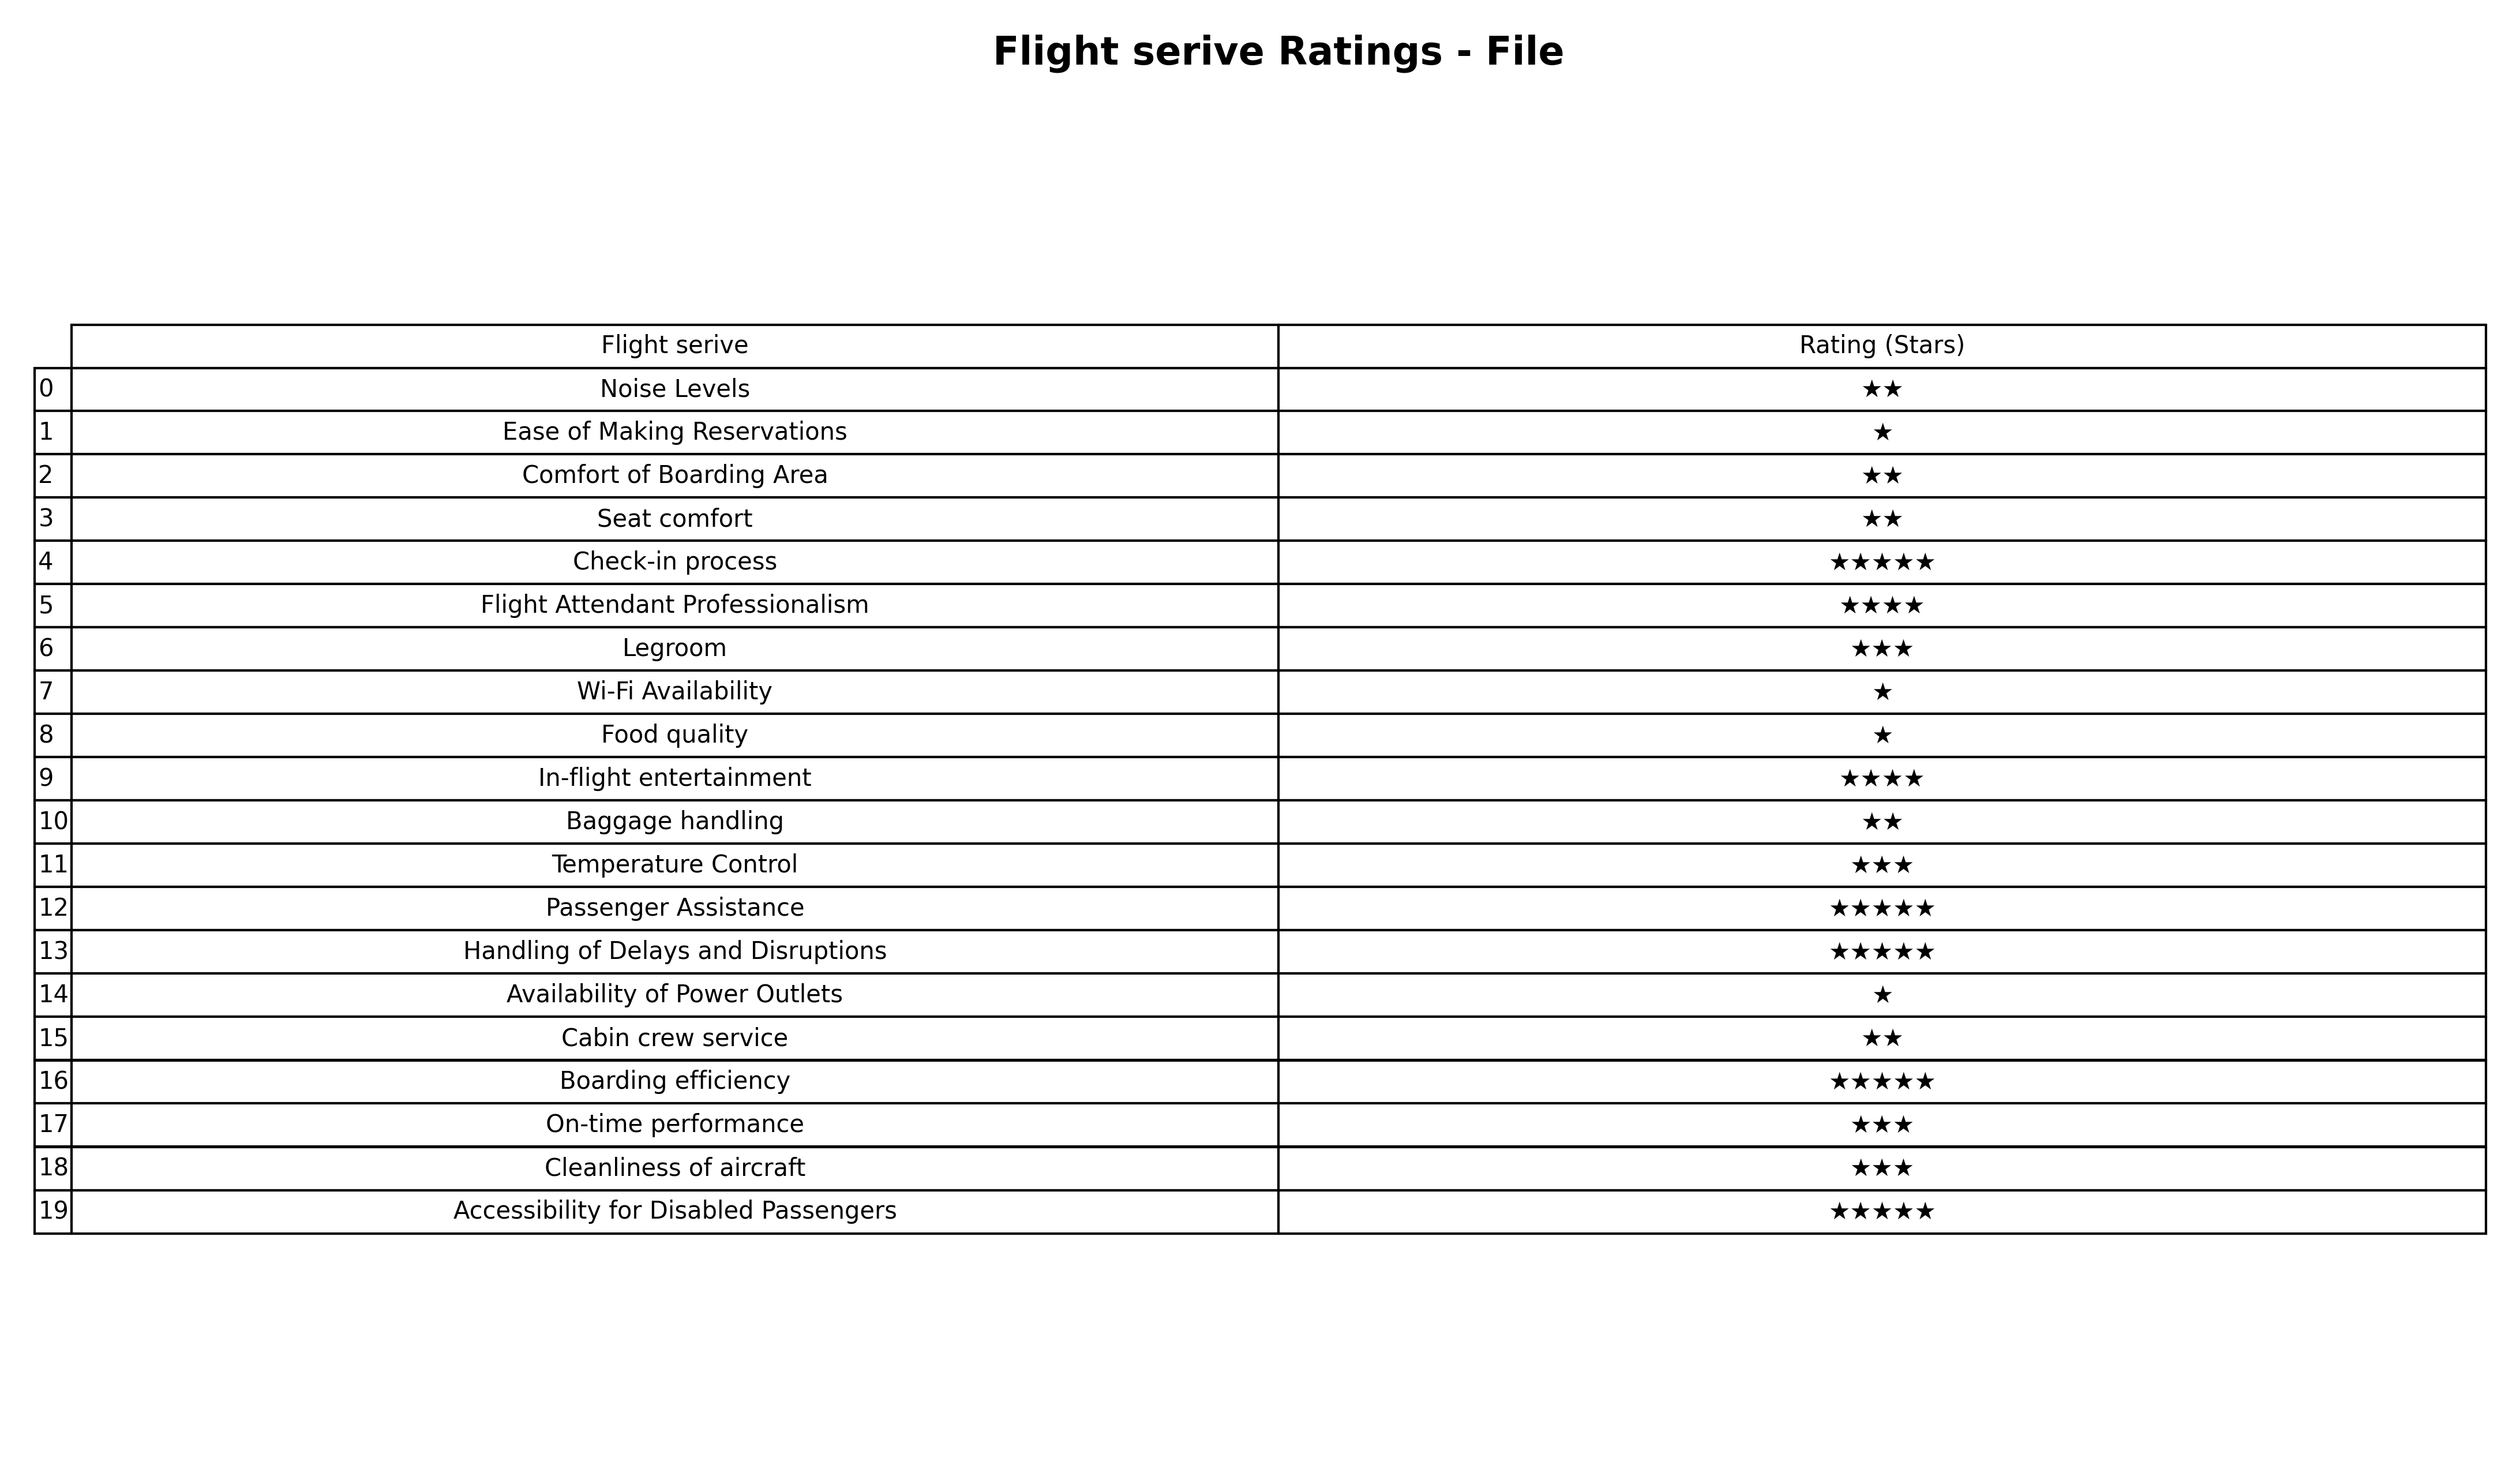
question: What is the rating of Baggage handling?
answer: ★★